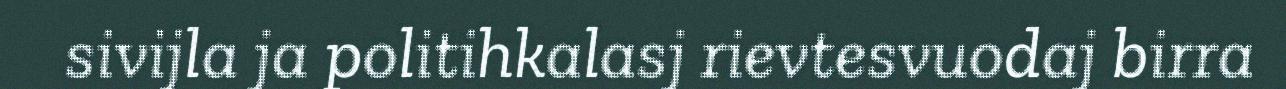
sivijla ja politihkalasj rievtesvuodaj birra